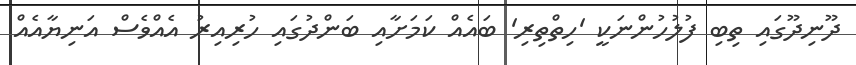
ދޫނިދޫގައި ތިބި ފުލުހުންނަކީ 'ހިތްތިރި' ބައެއް ކަމަށާއި ބަންދުގައި ހުރިއިރު އެއްވެސް އަނިޔާއެއް